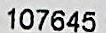
107645